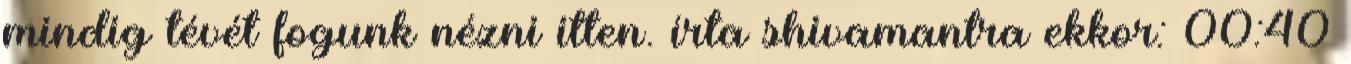
mindig tévét fogunk nézni itten. írta shivamantra ekkor: 00:40